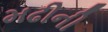
મઢીની